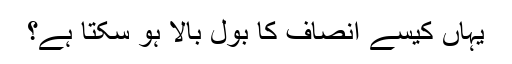
یہاں کیسے انصاف کا بول بالا ہو سکتا ہے؟